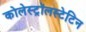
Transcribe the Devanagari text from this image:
कोलेस्ट्रॉलस्टेटिन